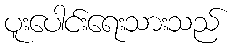
ပူးပေါင်းရေးသားသည်